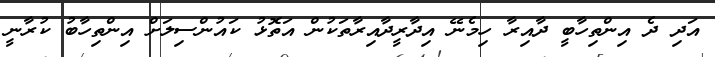
އަދި ދެ އިންތިހާބީ ދާއިރާ ހިމެނޭ އިދާރީދާއިރާތަކުން އަތޮޅު ކައުންސިލަށް އިންތިހާބު ކުރާނީ